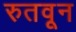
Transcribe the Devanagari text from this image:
रुतवून